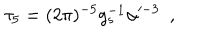
\tau _ { 5 } = ( 2 \pi ) ^ { - 5 } g _ { s } ^ { - 1 } \alpha ^ { - 3 } ~ ~ ,